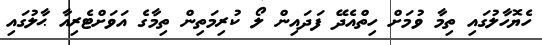
ހެޔޮހާލުގައި ތިމާ ވުމަށް ހިތްއެދޭ ފަދައިން ލޯ ކުރިމަތިން ތިމާގެ އަވަށްޓެރިއާ ޙާލުގައި